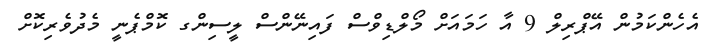
އެހެންކަމުން އޭޕްރިލް 9 އާ ހަމައަށް މޯލްޑިވްސް ފައިނޭންސް ލީސިންގ ކޮމްޕެނީ މެދުވެރިކޮށް